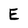
Character: E